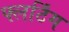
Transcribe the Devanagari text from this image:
फ्लर्टिंग